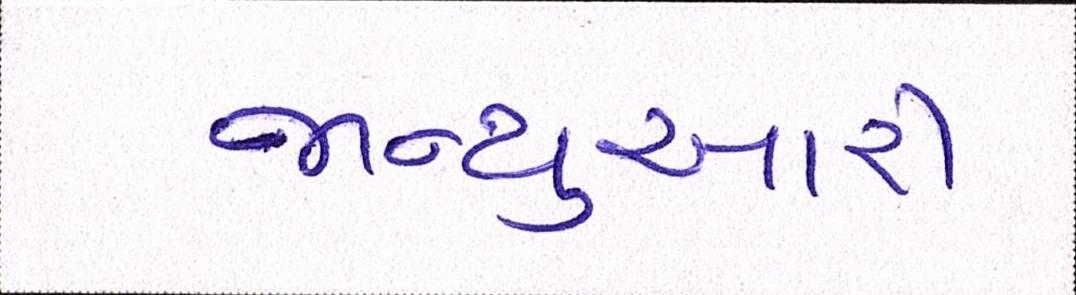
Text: જાન્યુઆરી